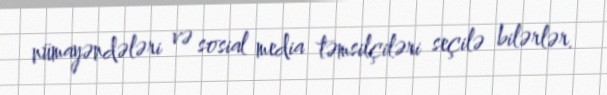
nümayəndələri və sosial media təmsilçiləri seçilə bilərlər.